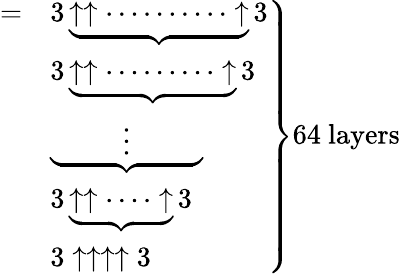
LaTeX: \left.{\begin{array}{ll}{=}&{3\underbrace{\uparrow\uparrow\cdots\cdots\cdots\cdot\uparrow}3}\\ &{3\underbrace{\uparrow\uparrow\cdots\cdots\cdots\uparrow}3}\\ &{\underbrace{\qquad\; \; \vdots\qquad\; \; }}\\ &{3\underbrace{\uparrow\uparrow\cdots\cdot\uparrow}3}\\ &{3\uparrow\uparrow\uparrow\uparrow 3}\end{array}}\right\} {\mathrm{64~layers}}